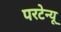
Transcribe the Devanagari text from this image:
परटेन्यू